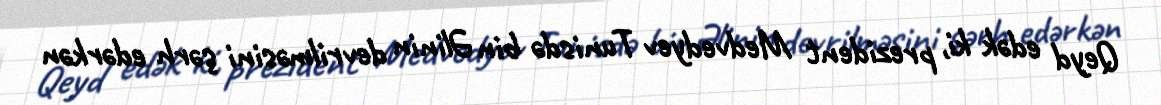
Qeyd edək ki, prezident Medvedyev Tunisdə bin Əlinin devrilməsini şərh edərkən